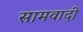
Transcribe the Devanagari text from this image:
सामवादी